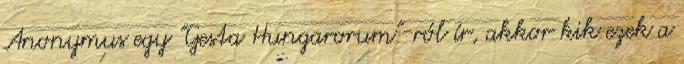
Anonymus egy "Gesta Hungarorum"-ról ír, akkor kik ezek a